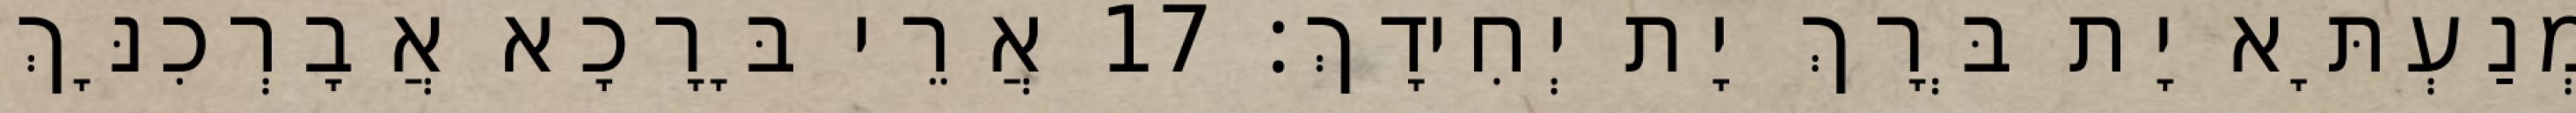
מְנַעְתָּא יָת בְּרָךְ יָת יְחִידָךְ׃ 17 אֲרֵי בָּרָכָא אֲבָרְכִנָּךְ